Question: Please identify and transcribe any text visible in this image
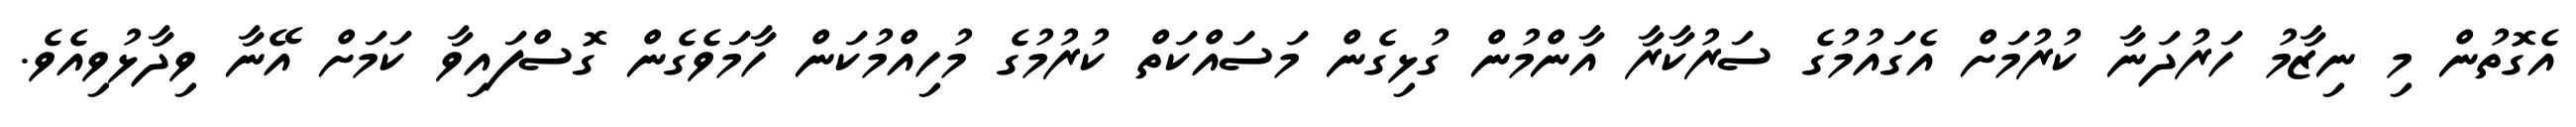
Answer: އެގޮތުން މި ނިޒާމު ހަރުދަނާ ކުރުމަށް އެގައުމުގެ ސަރުކާރާ އާންމުން ގުޅިގެން މަސައްކަތް ކުރުމުގެ މުހިއްމުކަން ހާމަވެގެން ގޮސްފައިވާ ކަމަށް އޭނާ ވިދާޅުވިއެވެ.